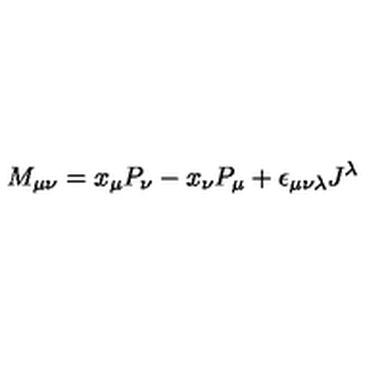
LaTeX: M _ { \mu \nu } = x _ { \mu } P _ { \nu } - x _ { \nu } P _ { \mu } + \epsilon _ { \mu \nu \lambda } J ^ { \lambda }